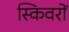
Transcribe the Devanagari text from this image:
स्किवरों